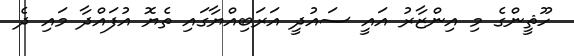
ހޫޘީންގެ މި އިންޒާރު އައީ ސައުދީ އަރަބިއްޔާގައި ތެޔޮ އުފައްދާ މައި ދެ